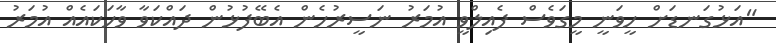
"އަޅުގަނޑަށް ހީވަނީ މީގަވެސް ފެއިލްވީ އުމަރު ނަސީރުހެން އެބޭފުޅުން ދައްކަވާ ވާހަކައެއް އުމަރު